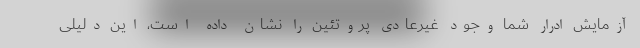
آزمایش ادرار شما وجود غیرعادی پروتئین را نشان داده است، این دلیلی